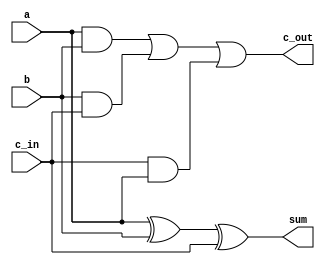
`timescale 1ns / 1ps
//////////////////////////////////////////////////////////////////////////////////
// Company: 
// Engineer: 
// 
// Design Name: 
// Module Name:    full_addr 
// Project Name: 
// Target Devices: 
// Tool versions: 
// Description: 
//
// Dependencies: 
//
// Revision: 
// Revision 0.01 - File Created
// Additional Comments: 
//
//////////////////////////////////////////////////////////////////////////////////
module full_addr(a, b, c_in, sum, c_out);
	input a, b, c_in;
	output sum, c_out;
	
	assign sum = a ^ b ^ c_in;
	assign c_out = (a & b) | (b & c_in) | (c_in & a);
endmodule